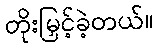
တိုးမြှင့်ခဲ့တယ်။